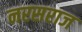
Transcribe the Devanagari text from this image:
नरसराज